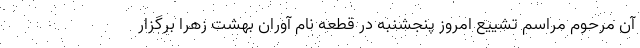
آن مرحوم مراسم تشییع امروز پنجشنبه در قطعه نام آوران بهشت زهرا برگزار